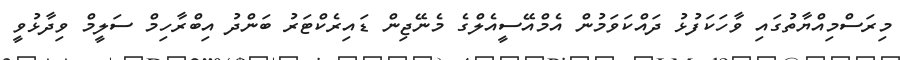
މިރަސްމިއްޔާތުގައި ވާހަކަފުޅު ދައްކަވަމުން އެމްއޭސީއެލްގެ މެނޭޖިން ޑައިރެކްޓަރު ބަންދު އިބްރާހިމް ސަލީމް ވިދާޅުވީ